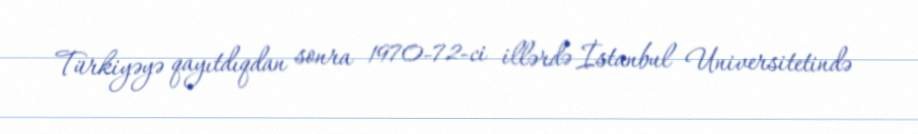
Türkiyəyə qayıtdıqdan sonra 1970-72-ci illərdə İstanbul Universitetində